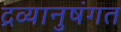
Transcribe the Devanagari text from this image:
द्रव्यानुषंगत